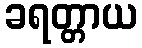
ခရတ္တာယ